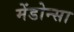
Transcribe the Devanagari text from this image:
मेंडोन्सा